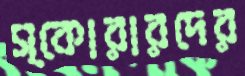
স্কোরারদের